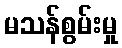
မသန်စွမ်းမှု